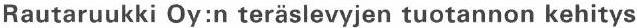
Rautaruukki Oy:n teräslevyjen tuotannon kehitys